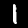
Digit: 1